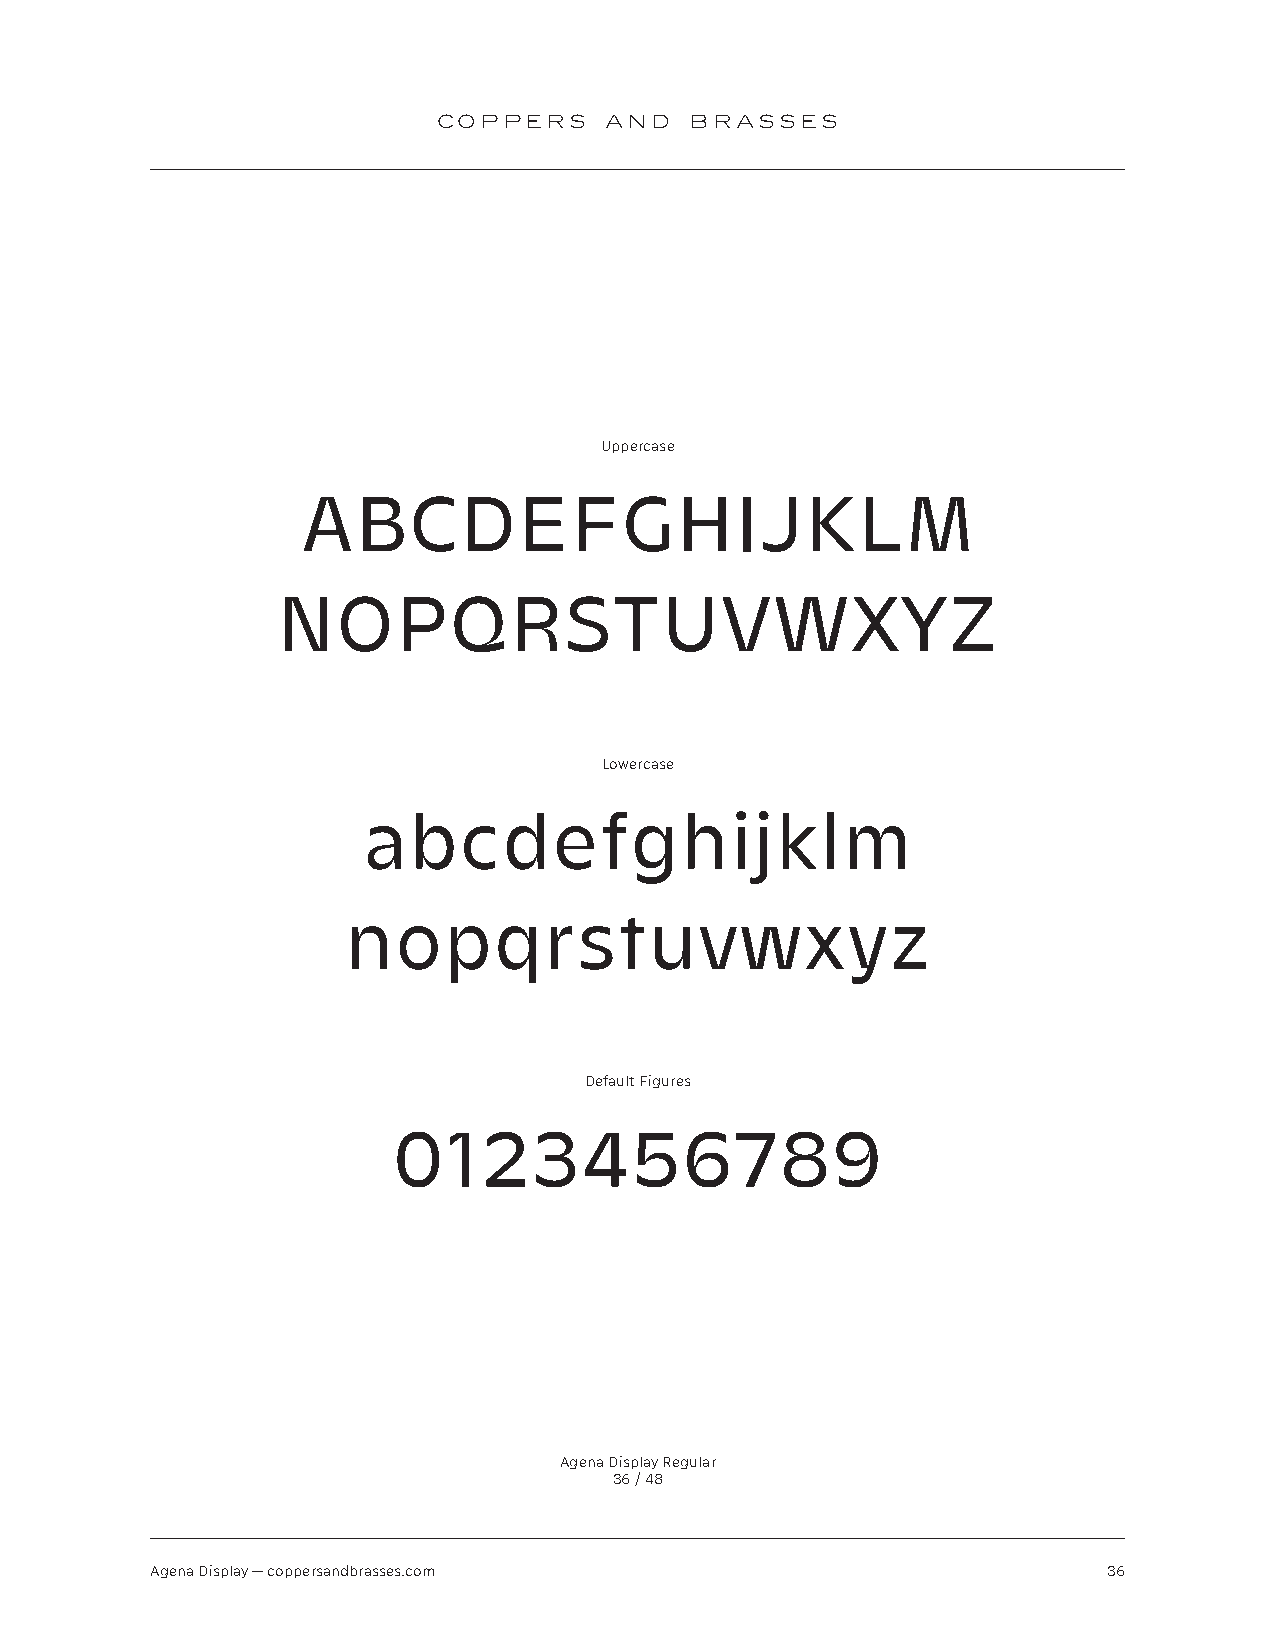
COPPERS    AND   BRASSES
 Uppercase
 ABCDEFGHIJKLM
 NOPQRSTUVWXYZ
 Lowercase
 abcdefghijklm
 nopqrstuvwxyz
 Default Figures
 0123456789
 Agena Display Regular
 36 / 48
 Agena Display — coppersandbrasses.com                          36